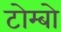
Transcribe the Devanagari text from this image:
टोम्बो